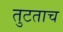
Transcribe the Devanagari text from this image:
तुटताच